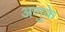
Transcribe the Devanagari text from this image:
अणुके